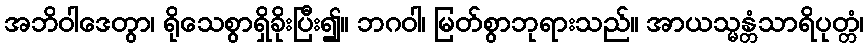
အဘိဝါဒေတွာ၊ ရိုသေစွာရှိခိုးပြီး၍။ ဘဂဝါ၊ မြတ်စွာဘုရားသည်။ အာယသ္မန္တံသာရိပုတ္တံ၊